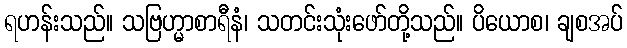
ရဟန်းသည်။ သဗြဟ္မာစာရီနံ၊ သတင်းသုံးဖော်တို့သည်။ ပိယောစ၊ ချစအပ်